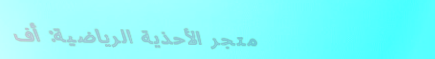
متجر الأحذية الرياضية: أف